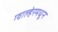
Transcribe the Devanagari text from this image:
ग्वाल्हेरमधून